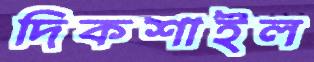
দিকশাইল